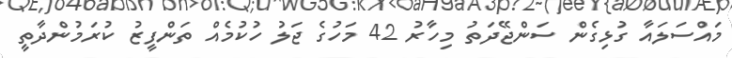
މައްސަލައާ ގުޅިގެން ސަންޖޭދަތު މިހާރު 42 މަހުގެ ޖަލު ހުކުމެއް ތަންފީޒު ކުރަމުންދާތީ